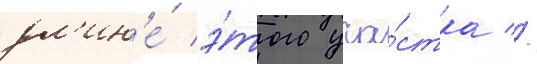
дл'ин'е́ э́того уча́стка //